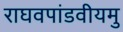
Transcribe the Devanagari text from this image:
राघवपांडवीयमु